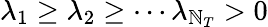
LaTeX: \lambda_{1}\ge\lambda_{2}\ge\cdots\lambda_{\mathbb{N}_{T}}>0